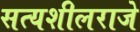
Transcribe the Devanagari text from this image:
सत्यशीलराजे